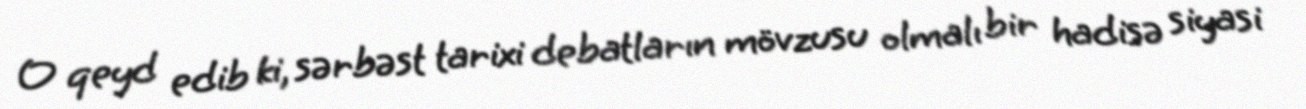
O qeyd edib ki, sərbəst tarixi debatların mövzusu olmalı bir hadisə siyasi